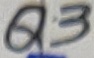
Text: Q3